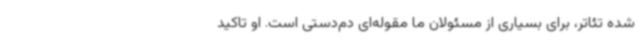
شده تئاتر، برای بسیاری از مسئولان ما مقوله‌ای دم‌دستی است. او تاکید